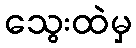
သွေးထဲမှ